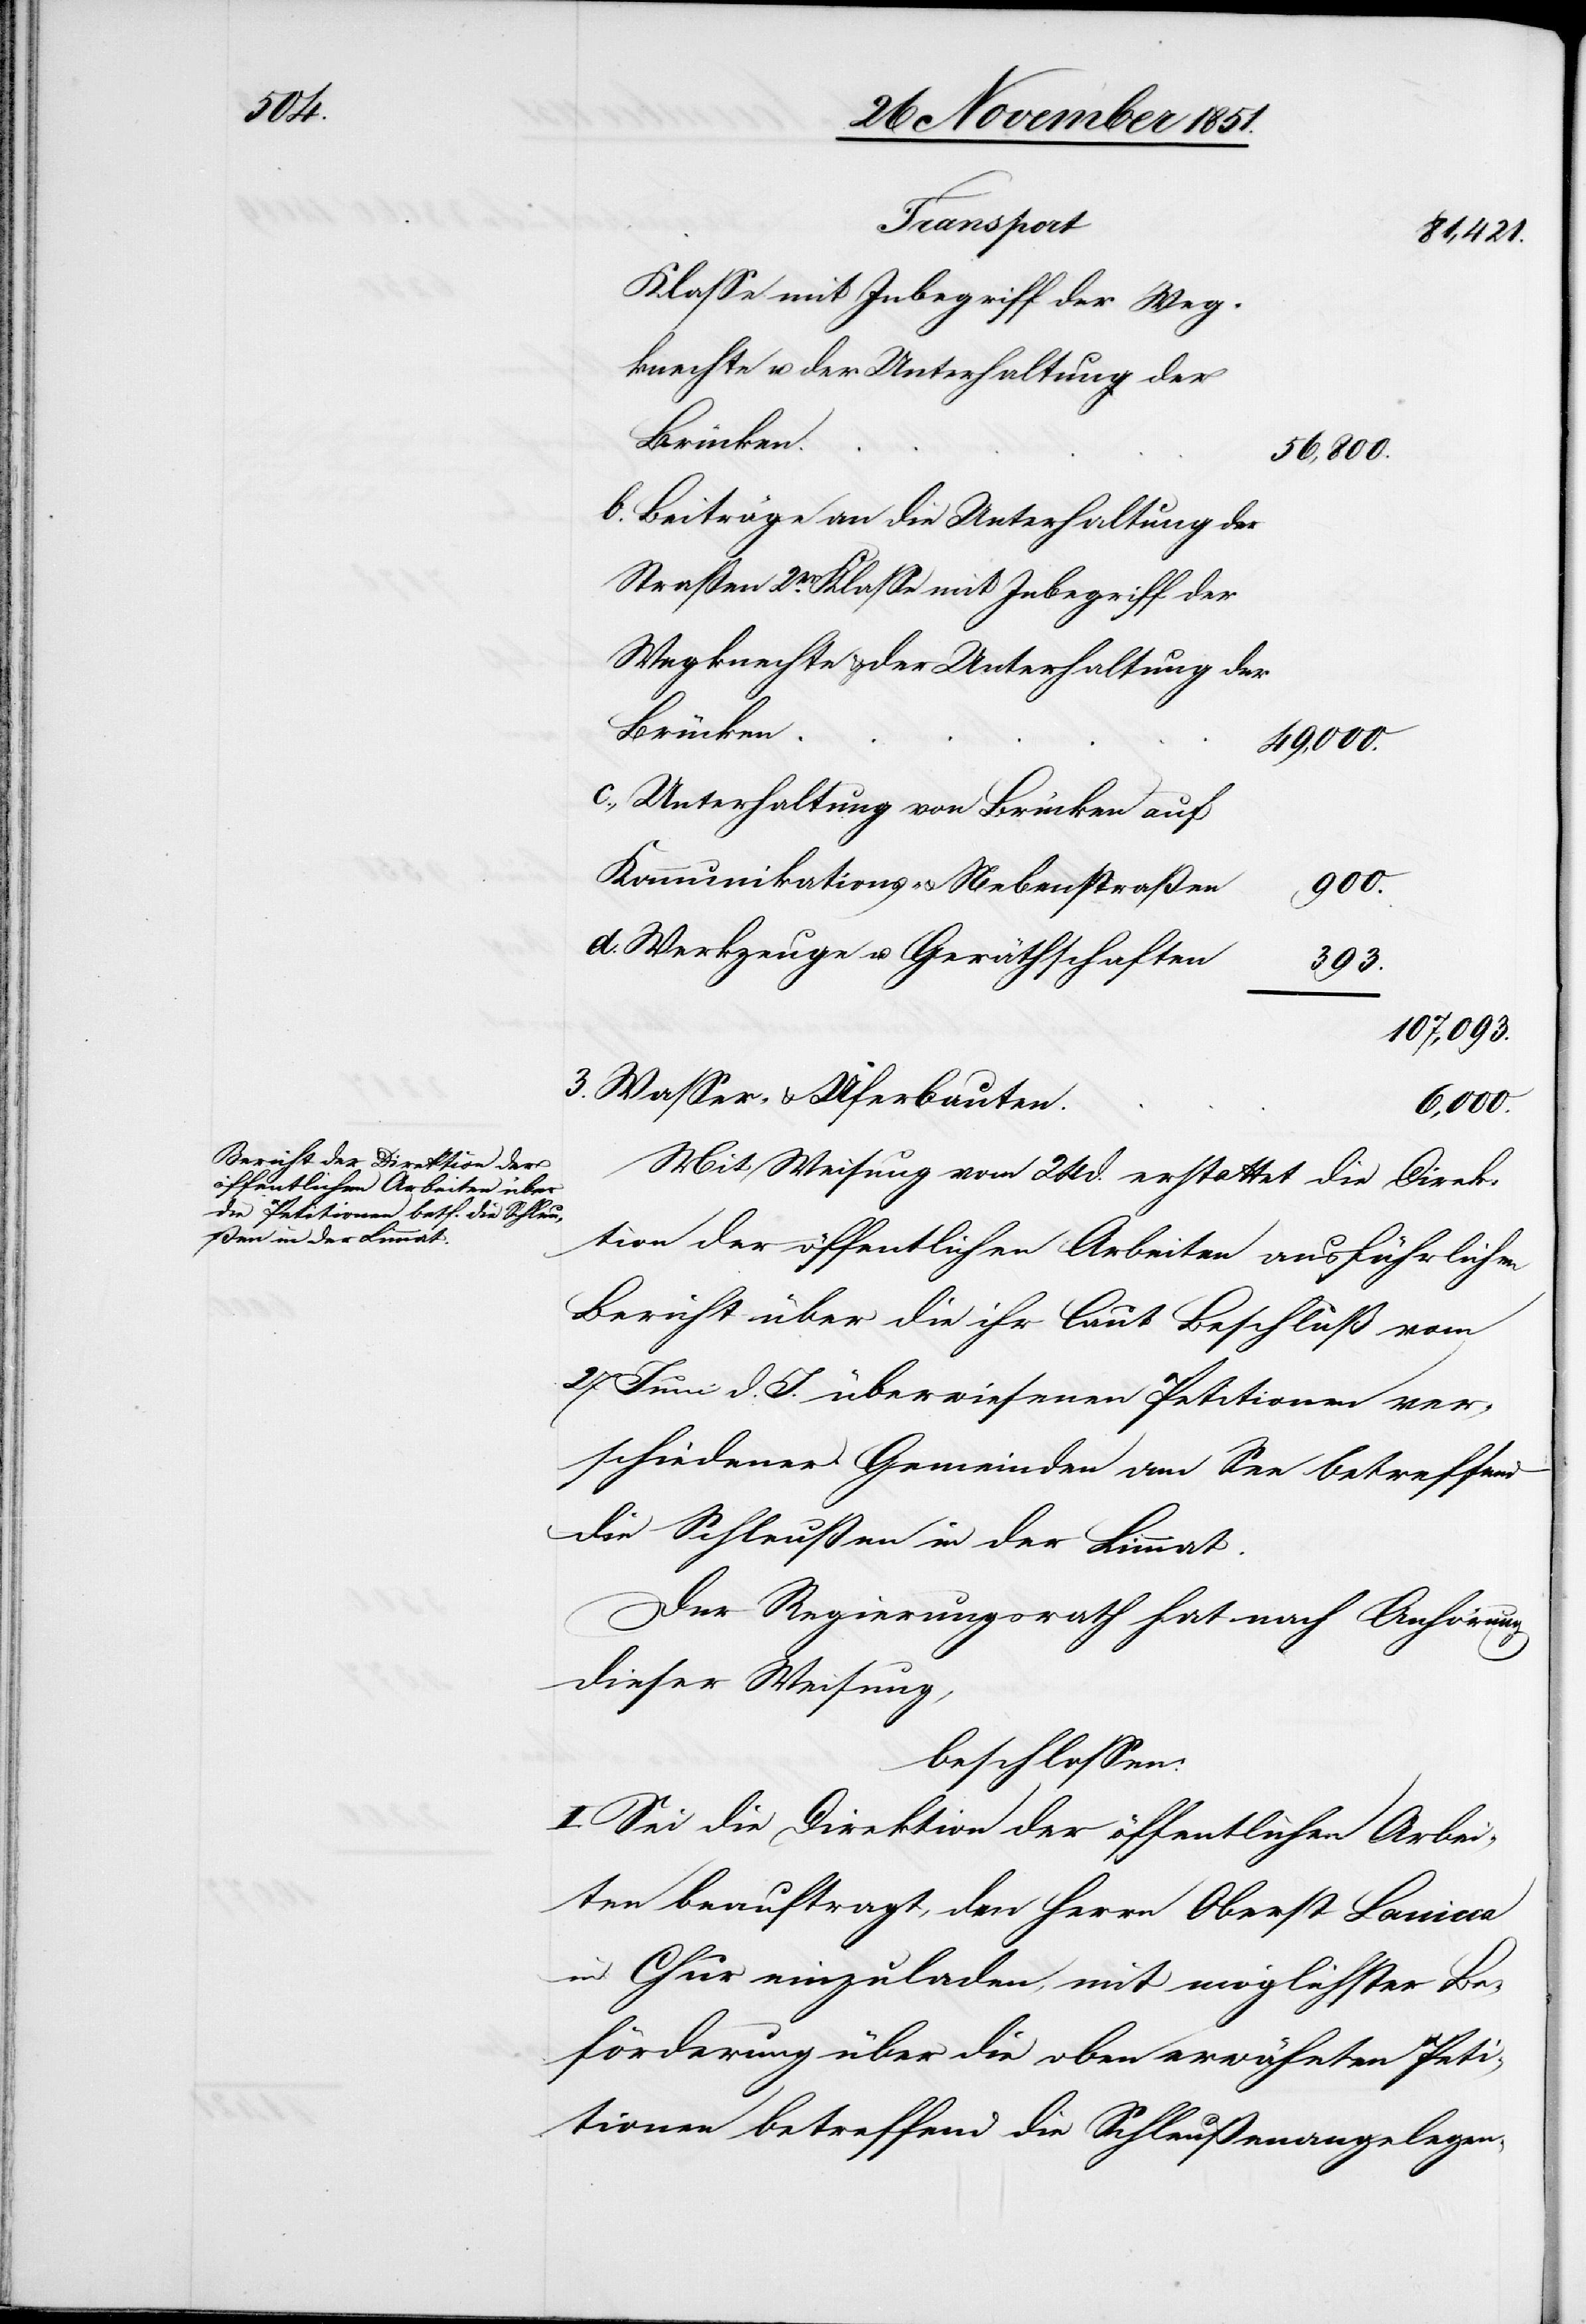
3.

Klasse mit Inbegriff der Weg¬
knechte u. der Unterhaltung der
Brücken
56,800.
Beiträge an die Unterhaltung der
Straßen 2er. Klasse mit Inbegriff der
Wegknechte & der Unterhaltung der
49,000.
Unterhaltung von Brücken auf
Kommunikations- & Nebenstraßen
900.
Werkzeuge u. Geräthschaften
393.
107,093.
Wasser- & Uferbauten.
6,000.
Mit Weisung vom 24 d. erstattet die Direk¬
tion der öffentlichen Arbeiten ausführlichen
Bericht über die ihr laut Beschluß vom
27 Juni d. J. überwiesenen Petitionen ver¬
schiedener Gemeinden am See betreffend
die Schleußen in der Limmat.
Der Regierungsrath hat nach Anhörung
dieser Weisung,
beschlossen:
I. Sei die Direktion der öffentlichen Arbei¬
ten beauftragt, den Herrn Oberst Lanicca
in Chur einzuladen, mit möglichster Be¬
förderung über die oben erwähnten Peti¬
tionen betreffend die Schleußenangelegen-